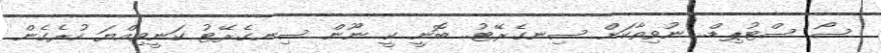
ސޯ ސްޓުޕިޑް.. ނުވިތާކަށް ސިނގެރޭޓު.. ބޮނީ ކީ ނޫން ސިނގެރޭޓު ކަނީވިއްޔަ ހުރެގެން